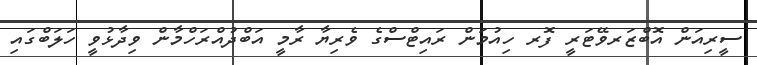
ސީރިއަން އޮބްޒަރވޭޓަރީ ފޮރ ހިއުމަން ރައިޓްސްގެ ވެރިޔާ ރާމީ އަބްދުއްރަހްމާން ވިދާޅުވީ ހަލަބްގައި